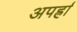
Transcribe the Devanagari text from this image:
अपर्ह्रा